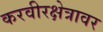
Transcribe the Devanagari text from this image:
करवीरक्षेत्रावर